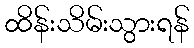
ထိန်းသိမ်းသွားရန်